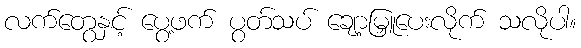
လက်တွေနှင့် ပွေ့ဖက် ပွတ်သပ် ချော့မြှူပေးလိုက် သလိုပါ။